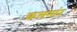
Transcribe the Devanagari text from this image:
कलमांत